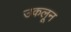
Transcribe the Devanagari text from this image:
उकलून